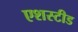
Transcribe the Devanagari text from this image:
एशस्टीड